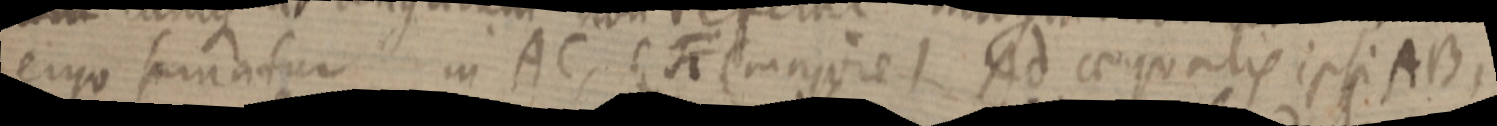
ergo sumatur in AC, si (majore) Ad aequalis ipsi AB,